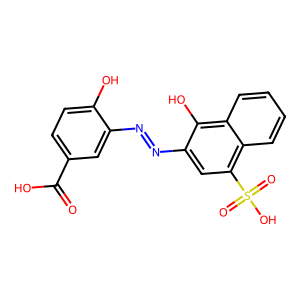
SMILES: O=C(O)c1ccc(O)c(N=Nc2cc(S(=O)(=O)O)c3ccccc3c2O)c1
Inhibits HIV replication: No